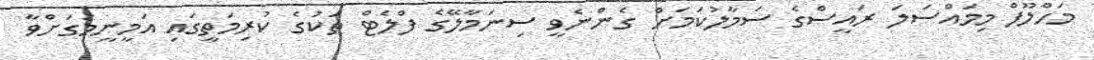
މަހްލޫފް މިމައްސަލަ ރައީސްގެ ސަމާލުކަމަށް ގެންނެވީ ސިނަމާލޭގެ ފްލެޓް ތަކުގެ ކުރިމަތީގައި އަމީނީމަގަށްވާ